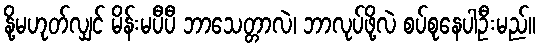
နို့မဟုတ်လျှင် မိန်းမပီပီ ဘာသေတ္တာလဲ၊ ဘာလုပ်ဖို့လဲ စပ်စုနေပါဦးမည်။